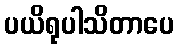
ပယိရုပါသိတာပေ